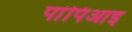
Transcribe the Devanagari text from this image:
पांपिआइ